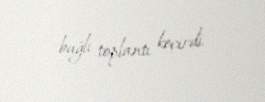
bağlı toplantı keçirdi.